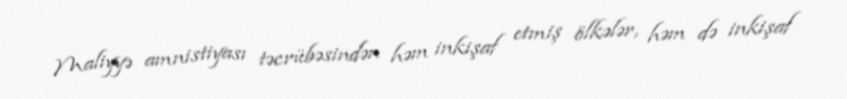
Maliyyə amnistiyası təcrübəsindən həm inkişaf etmiş ölkələr, həm də inkişaf